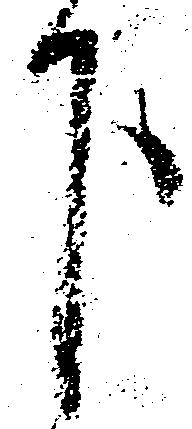
下